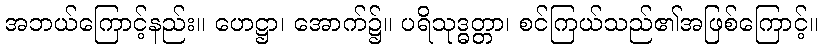
အဘယ်ကြောင့်နည်း။ ဟေဋ္ဌာ၊ အောက်၌။ ပရိသုဒ္ဓတ္တာ၊ စင်ကြယ်သည်၏အဖြစ်ကြောင့်။